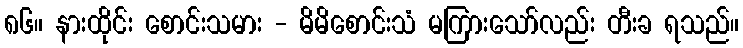
၈၆။ နားထိုင်း စောင်းသမား - မိမိစောင်းသံ မကြားသော်လည်း တီးခ ရသည်။